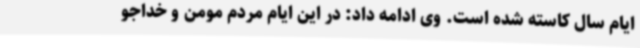
ایام سال کاسته شده است. وی ادامه داد: در این ایام مردم مومن و خداجو